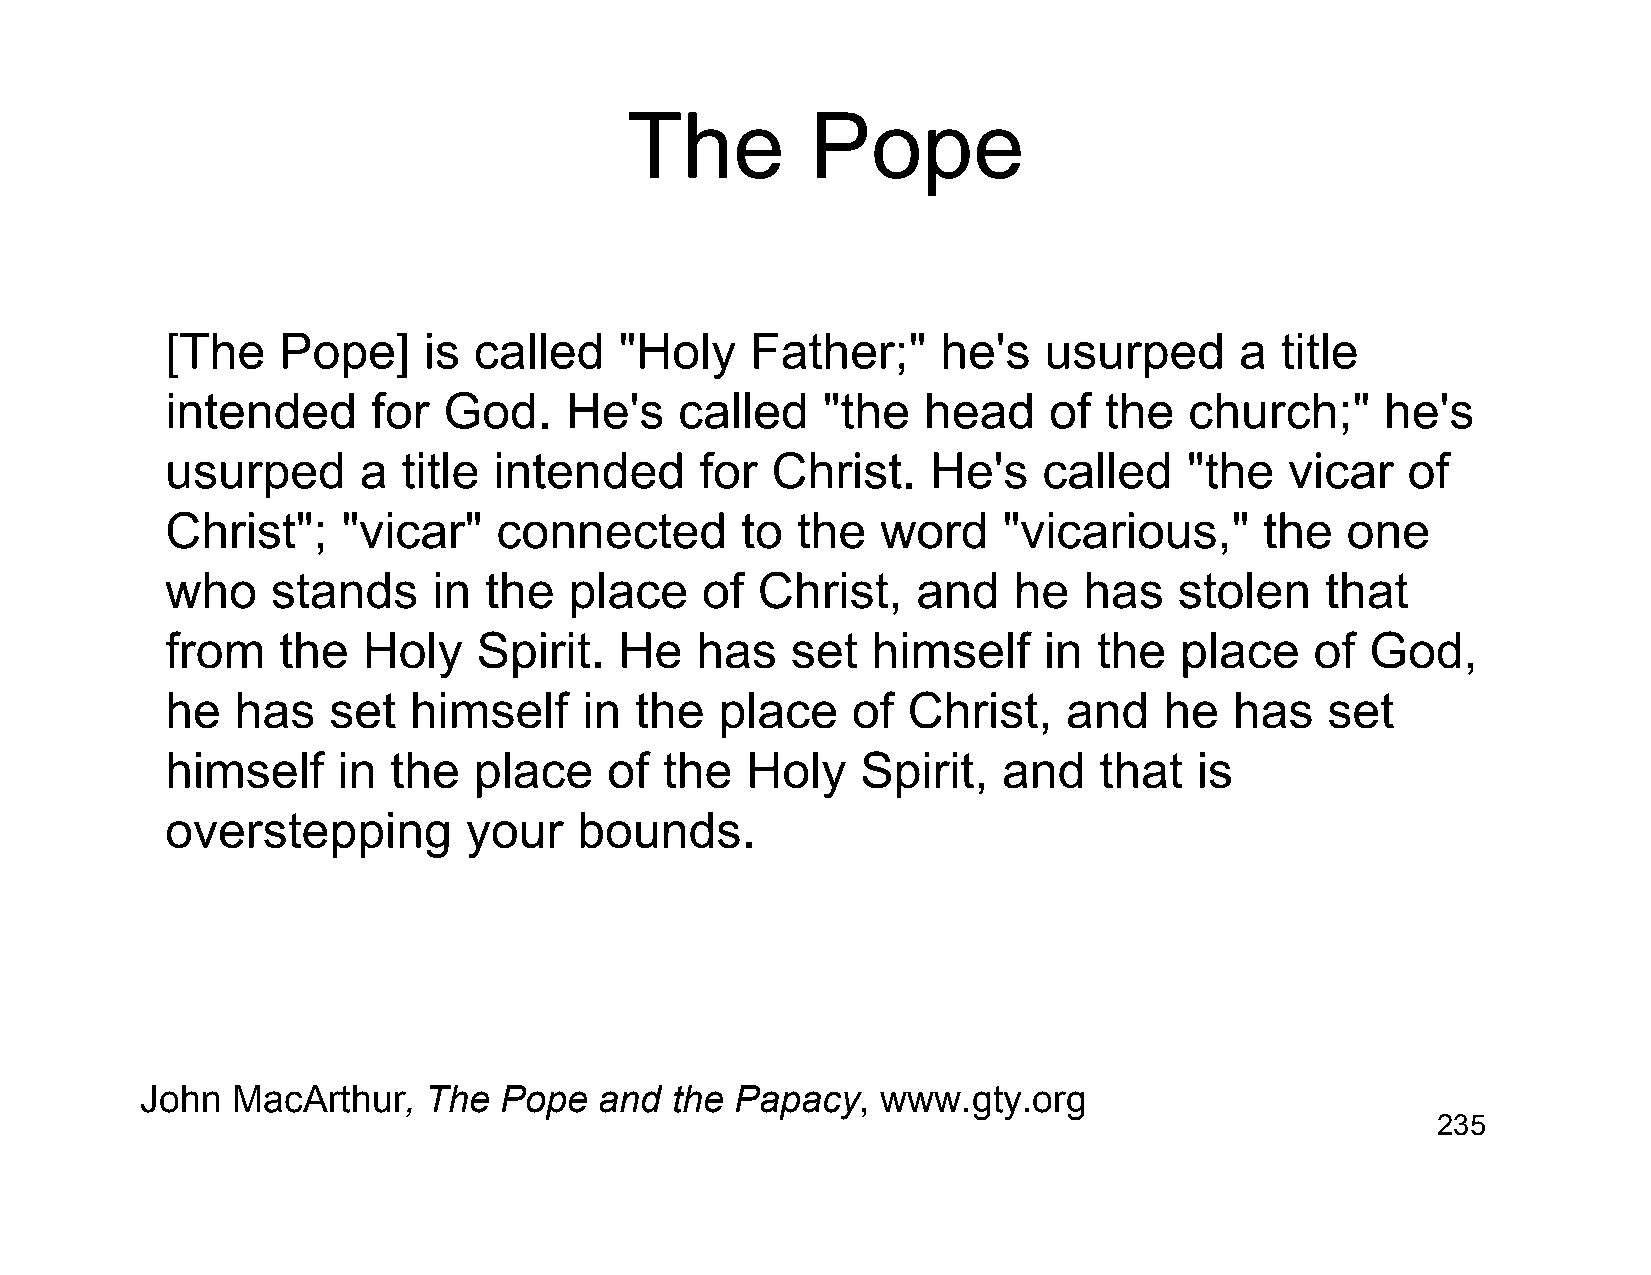
The          Pope
 [The   Pope]     is called    "Holy    Father;"    he's   usurped      a  title
 intended      for God.    He's    called   "the   head    of  the   church;"     he's
 usurped      a  title intended     for  Christ.    He's   called    "the  vicar   of
 Christ";    "vicar"   connected       to  the  word    "vicarious,"      the  one
 who    stands     in the   place   of  Christ,    and   he   has   stolen    that
 from   the   Holy    Spirit.  He   has   set   himself    in  the  place    of  God,
 he   has   set  himself     in the   place   of  Christ,    and   he   has   set
 himself    in  the  place    of  the  Holy    Spirit,  and    that  is
 overstepping        your   bounds.
 John  MacArthur,   The  Pope   and the  Papacy,  www.gty.org
 235